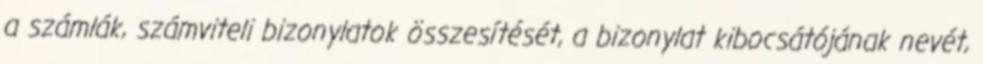
a számlák, számviteli bizonylatok összesítését, a bizonylat kibocsátójának nevét,